Medical and sanitary report of the native army of Madras for the year
Year: 1872
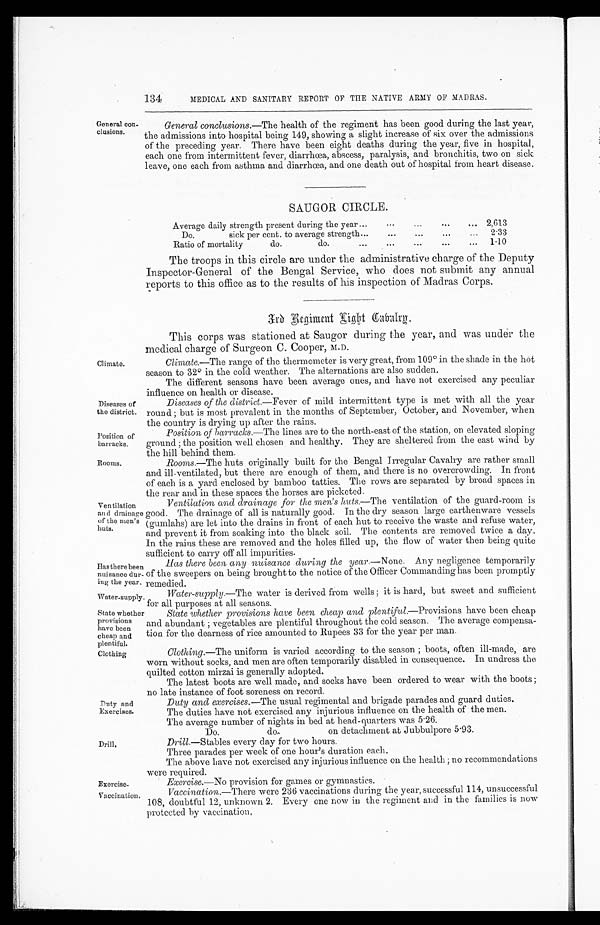
134
MEDICAL AND SANITARY REPORT OF THE NATIVE ARMY OF MADRAS.
General con-
clusions.
General conclusions.— The health of the regiment has been good during the last year,
the admissions into hospital being 149, showing a slight increase of six over the admissions
of the preceding year. There have been eight deaths during the year, five in hospital,
each one from intermittent fever, diarrhoea, abscess, paralysis, and bronchitis, two on sick
leave, one each from asthma and diarrhœa, and one death out of hospital from heart disease.
Climate.
Diseases of
the district.
Position of
barracks.
Rooms.
Ventilation
an d drainage
of the men's
huts.
Has there benr
nuisance dur
¬ing the year.
Water-supply.
State whether
provisions
have been
cheap and
plentiful.
Clothing.
Duty and
Exercises.
Drill.
Exercise.
Vaccination.
SAUGOR CIRCLE.
Average daily strength present during the year......
... 2,613
Do.
sick per cent. to average strength...
...
2.33
Ratio of mortality do. do....
...
...
...
1.10
The troops in this circle are under the administrative charge of the Deputy
Inspector-General of the Bengal Service, who does not submit any annual
reports to this office as to the results of his inspection of Madras Corps.
3 r d R e g i m e n t L i g h t C a b a l r y .
This corps was stationed at Saugor during the year, and was under the
medical charge of Surgeon C. Cooper, M.D.
Climate. —The range of the thermometer is very great, from 109° in the shade in the het
season to 32° in the cold weather. The alternations are also sudden.
The different seasons have been average ones, and have not exercised any peculiar
influence on health or disease.
Diseases of the district.— Fever of mild intermittent type is met with all the year
round ;but is most prevalent in the months of September, October, and November, when
the country is drying up after the rains.
Position of barracks.— The lines are to the north-east of the station, on elevated sloping
ground ;the position well chosen and healthy. They are sheltered from the east wind by
the hill behind them.
Rooms.—The huts originally built for the Bengal Irregular Cavalry are rather small
and ill-ventilated, but there are enough of them, and there is no overcrowding. In front
of each is a yard enclosed by bamboo tatties. The rows are separated by broad spaces in
the rear and in these spaces the horses are picketed.
Ventilation and drainage for the men's huts. —The ventilation of the guard-room is
good. The drainage of all is naturally good. In the dry season large earthenware vessels
(gumlahs) are let into the drains in front of each hut to receive the waste and refuse water,
and prevent it from soaking into the black soil. The contents are removed twice a day.
In the rains these are removed and the holes filled up, the flow of water then being quite
sufficient to carry off all impurities.
Has there been any nuisance during the year.—None. Any negligence temporarily
of the sweepers on being brought to the notice of the Officer Commanding has been promptly
remedied.
Water-supply.—The water is derived from wells ; it is hard, but sweet and sufficient
for all purposes at all seasons.
State whether provisions have been cheap and plentiful.—Provisions have been cheap
and abundant ; vegetables are plentiful throughout the cold season. The average compensa-
tion for the dearness of rice amounted to Rupees 33 for the year per man.
Clothing.—The uniform is varied according to the season ;boots, often ill¬made, are
worn without socks, and men are often temporarily disabled in consequence. In undress the
quilted cotton mirzai is generally adopted.
The latest boots are well made, and socks have been ordered to wear with the boots ;
no late instance of foot soreness on record.
Duty and exercises.—The usual regimental and brigade parades and guard duties.
The duties have not exercised any injurious influence on the health of the men.
The average number of nights in bed at head¬quarters was 5.26.
Do. do on detachment at Jubbulpore 5.93.
Drill.—Stables every day for two hours.
Three parades per week of one hour's duration each.
The above have not exercised any injurious influence on the health ;no recommendations
were required.
Exercise.—No provision for games or gymnastics.
Vaccination.—There were 236 vaccinations during the year, successful 114, unsuccessful
108, doubtful 12, unknown 2. Every one now in the regiment and in the families is now
protected by vaccination,